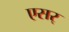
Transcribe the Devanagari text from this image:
एसर्